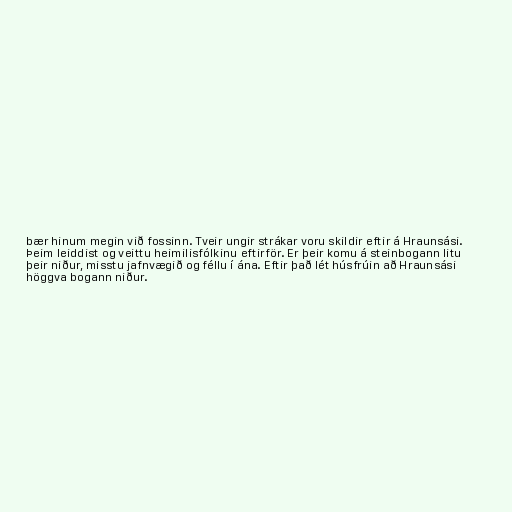
bær hinum megin við fossinn. Tveir ungir strákar voru skildir eftir á Hraunsási.
Þeim leiddist og veittu heimilisfólkinu eftirför. Er þeir komu á steinbogann litu
þeir niður, misstu jafnvægið og féllu í ána. Eftir það lét húsfrúin að Hraunsási
höggva bogann niður.